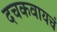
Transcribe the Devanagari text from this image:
दचकवायचं